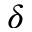
\delta